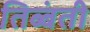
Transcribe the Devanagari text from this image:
तिब्बंती